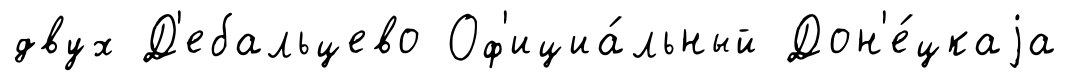
двух Д'ебальцево Оф'ициа́льный Дон'е́цкаjа